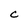
Character: C